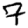
Digit: 7